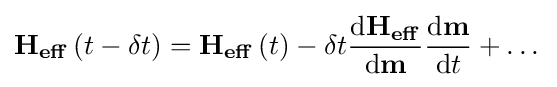
\mathbf {H_{eff}} \left(t-\delta t\right)=\mathbf {H_{eff}} \left(t\right)-\delta t{\frac {\mathrm {d} \mathbf {H_{eff}} }{\mathrm {d} \mathbf {m} }}{\frac {\mathrm {d} \mathbf {m} }{\mathrm {d} t}}+\dots